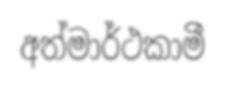
අත්මාර්ථකාමී